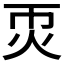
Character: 𤆱